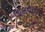
લાલવાડા